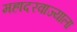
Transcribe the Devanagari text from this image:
महादरवाज्याला